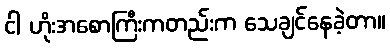
ငါ ဟိုးအစောကြီးကတည်းက သေချင်နေခဲ့တာ။